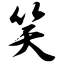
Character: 笑